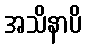
အသိနာပိ